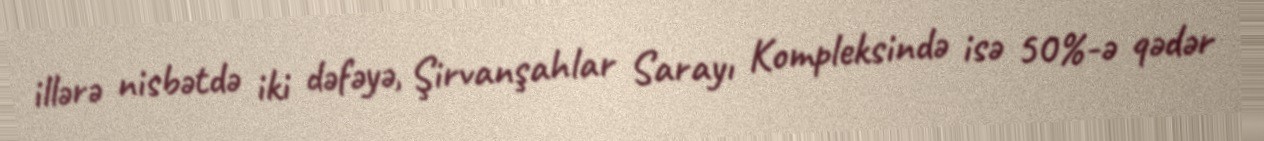
illərə nisbətdə iki dəfəyə, Şirvanşahlar Sarayı Kompleksində isə 50%-ə qədər